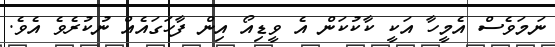
ނަމަވެސް އެމީހާ އަކީ ކާކުކަން އެ ވީޑިއޯ އިން ފާހަަގައެއް ނުކުރެވެ އެވެ.